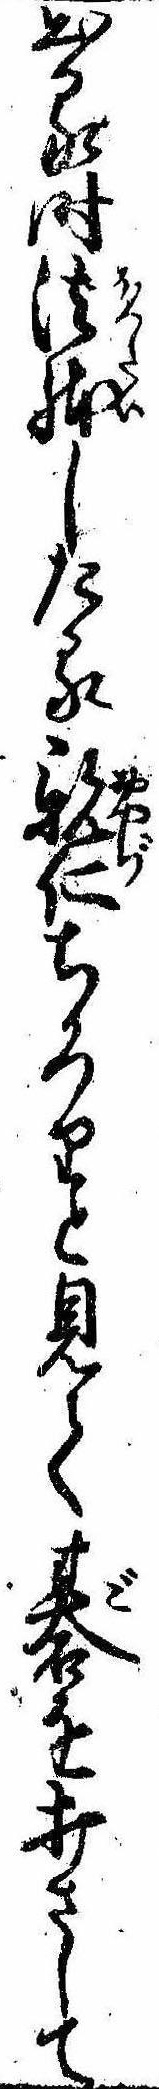
出る時法体したる親仁ちろりと見て碁を打さして